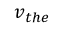
v _ { t h e }